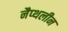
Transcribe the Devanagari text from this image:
नैप्थलीन